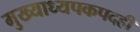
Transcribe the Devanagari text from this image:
मुख्याध्यपकपदही